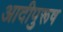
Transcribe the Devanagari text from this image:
आदीपुरूष